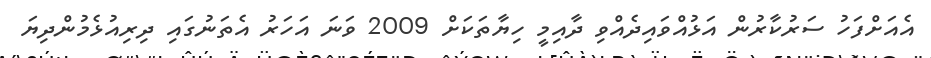
އެއަށްފަހު ސަރުކާރުން އަޅުއްވައިދެއްވި ދާއިމީ ހިޔާތަކަށް 2009 ވަނަ އަހަރު އެތަނުގައި ދިރިއުޅެމުންދިޔަ